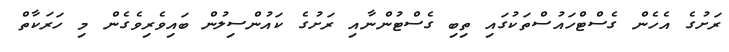
ރަށުގެ އެހެން ގެސްޓްހައުސްތަކުގައި ތިބި ގެސްޓުންނާއި ރަށުގެ ކައުންސިލުން ބައިވެރިވެގެން މި ހަރަކާތް